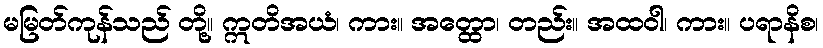
မမြတ်ကုန်သည် တို့။ ဣတိအယံ၊ ကား။ အတ္ထော၊ တည်း။ အထဝါ၊ ကား။ ပရာနိစ၊